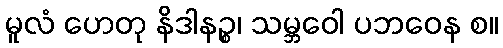
မူလံ ဟေတု နိဒါနဉ္စ၊ သမ္ဘဝေါ ပဘဝေန စ။